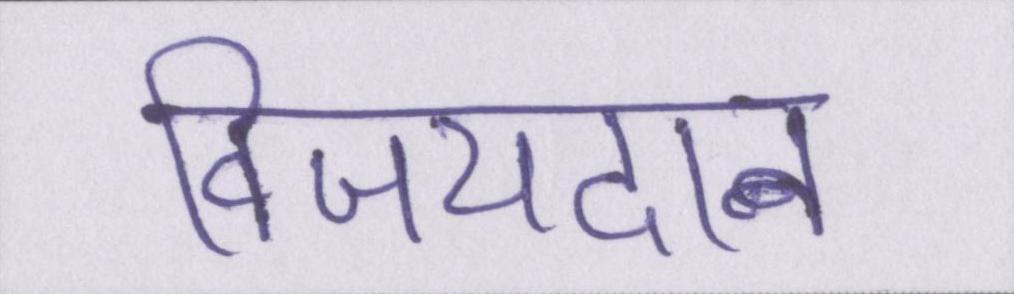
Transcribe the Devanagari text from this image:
विजयदान